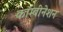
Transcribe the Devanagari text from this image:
कॉम्बीनेशन